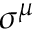
\sigma ^ { \mu }